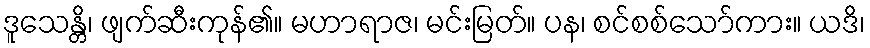
ဒူသေန္တိ၊ ဖျက်ဆီးကုန်၏။ မဟာရာဇ၊ မင်းမြတ်။ ပန၊ စင်စစ်သော်ကား။ ယဒိ၊